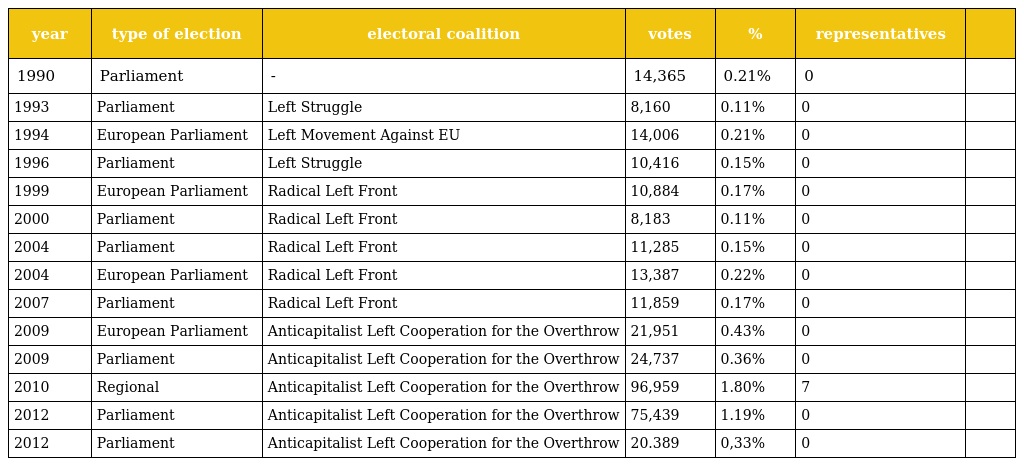
| year | type of election | electoral coalition | votes | % | representatives |  |
 | --- | --- | --- | --- | --- | --- | --- |
 | 1990 | Parliament | - | 14,365 | 0.21% | 0 |  |
 | 1993 | Parliament | Left Struggle | 8,160 | 0.11% | 0 |  |
 | 1994 | European Parliament | Left Movement Against EU | 14,006 | 0.21% | 0 |  |
 | 1996 | Parliament | Left Struggle | 10,416 | 0.15% | 0 |  |
 | 1999 | European Parliament | Radical Left Front | 10,884 | 0.17% | 0 |  |
 | 2000 | Parliament | Radical Left Front | 8,183 | 0.11% | 0 |  |
 | 2004 | Parliament | Radical Left Front | 11,285 | 0.15% | 0 |  |
 | 2004 | European Parliament | Radical Left Front | 13,387 | 0.22% | 0 |  |
 | 2007 | Parliament | Radical Left Front | 11,859 | 0.17% | 0 |  |
 | 2009 | European Parliament | Anticapitalist Left Cooperation for the Overthrow | 21,951 | 0.43% | 0 |  |
 | 2009 | Parliament | Anticapitalist Left Cooperation for the Overthrow | 24,737 | 0.36% | 0 |  |
 | 2010 | Regional | Anticapitalist Left Cooperation for the Overthrow | 96,959 | 1.80% | 7 |  |
 | 2012 | Parliament | Anticapitalist Left Cooperation for the Overthrow | 75,439 | 1.19% | 0 |  |
 | 2012 | Parliament | Anticapitalist Left Cooperation for the Overthrow | 20.389 | 0,33% | 0 |  |